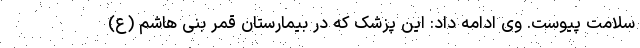
سلامت پیوست. وی ادامه داد: این پزشک که در بیمارستان قمر بنی هاشم (ع)